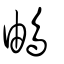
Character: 𩿬